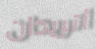
أتريدان